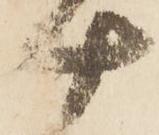
十